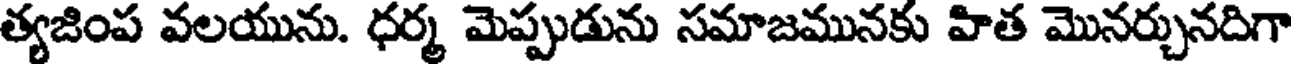
త్యజింప వలయును. ధర్మ మెప్పుడును సమాజమునకు హిత మొనర్చునదిగా